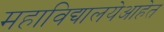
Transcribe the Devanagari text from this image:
महाविद्यालयेआहेत